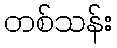
တစ်သန်း